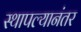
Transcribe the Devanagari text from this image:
स्थापल्यानंतर